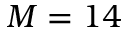
M = 1 4